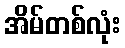
အိမ်တစ်လုံး